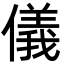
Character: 儀